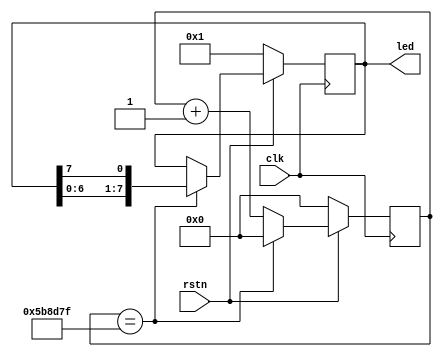
`timescale 1ns / 1ps
//////////////////////////////////////////////////////////////////////////////////
// Company: Myminieye
// 
// Design Name: led_light
// Module Name: led_light
// Project Name: 
// Target Devices: Gowin
// Tool Versions: 
// Description: 
//     make the led on and off
// Dependencies: 
// 
// Revision:
// Revision 0.01 - File Created
// Additional Comments:
// 
//////////////////////////////////////////////////////////////////////////////////

`define UD #1

module led_light(
    input          clk,
    input          rstn,
    
    output [7:0]   led
);


//==============================================================================
//reg and wire

// runber  12M     12_000_000
// Pocket_lab 50M  50_000_000

    reg [24:0] led_light_cnt= 25'd0;
    reg [ 7:0] led_status = 8'b0000_0001;
    
    //  time counter
    always @(posedge clk)
    begin
        if(!rstn)
            led_light_cnt <= `UD 25'd0;
        else if(led_light_cnt == 25'd599_9999)
            led_light_cnt <= `UD 25'd0;
        else
            led_light_cnt <= `UD led_light_cnt + 25'd1; 
    end
    
    // led status change
    always @(posedge clk)
    begin
        if(!rstn)
            led_status <= `UD 8'b0000_0001;
        else if(led_light_cnt == 25'd599_9999)
            led_status <= `UD {led_status[6:0],led_status[7]};
    end

    assign led = led_status;
    
endmodule